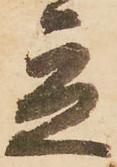
立